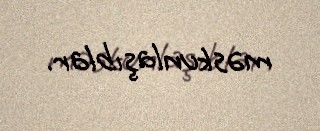
məskunlaşıblar.